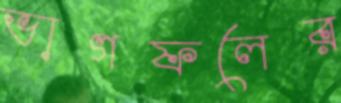
ভাগফলের